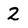
Character: 2